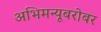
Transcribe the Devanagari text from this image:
अभिमन्यूबरोबर